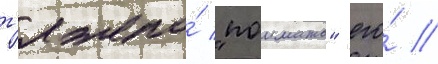
т'яжело́ "поимать" его́ //